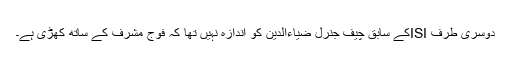
دوسری طرف ISIکے سابق چیف جنرل ضیاءالدین کو اندازہ نہیں تھا کہ فوج مشرف کے ساتھ کھڑی ہے۔